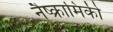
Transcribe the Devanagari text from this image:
नैष्क्रामिकी